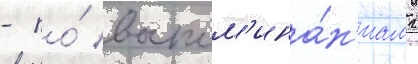
- по́ воспом'ина́н'иам г